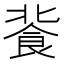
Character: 𩚾